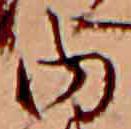
内